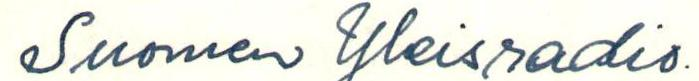
Suomen Yleisradio.